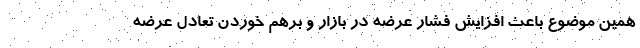
همین موضوع باعث افزایش فشار عرضه در بازار و برهم خوردن تعادل عرضه